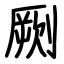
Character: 劂